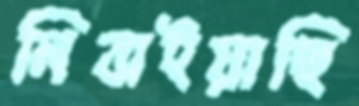
নিবাইয়াছি